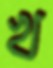
খ